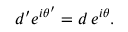
d ^ { \prime } e ^ { i \theta ^ { \prime } } = d \, e ^ { i \theta } .